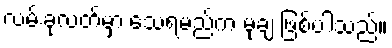
လမ်းခုလတ်မှာ သေရမည်က မုချ ဖြစ်ပါသည်။